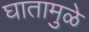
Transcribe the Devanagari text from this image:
घातामुळे